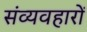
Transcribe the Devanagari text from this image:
संव्यवहारों